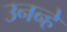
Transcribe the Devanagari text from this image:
उनन्हे